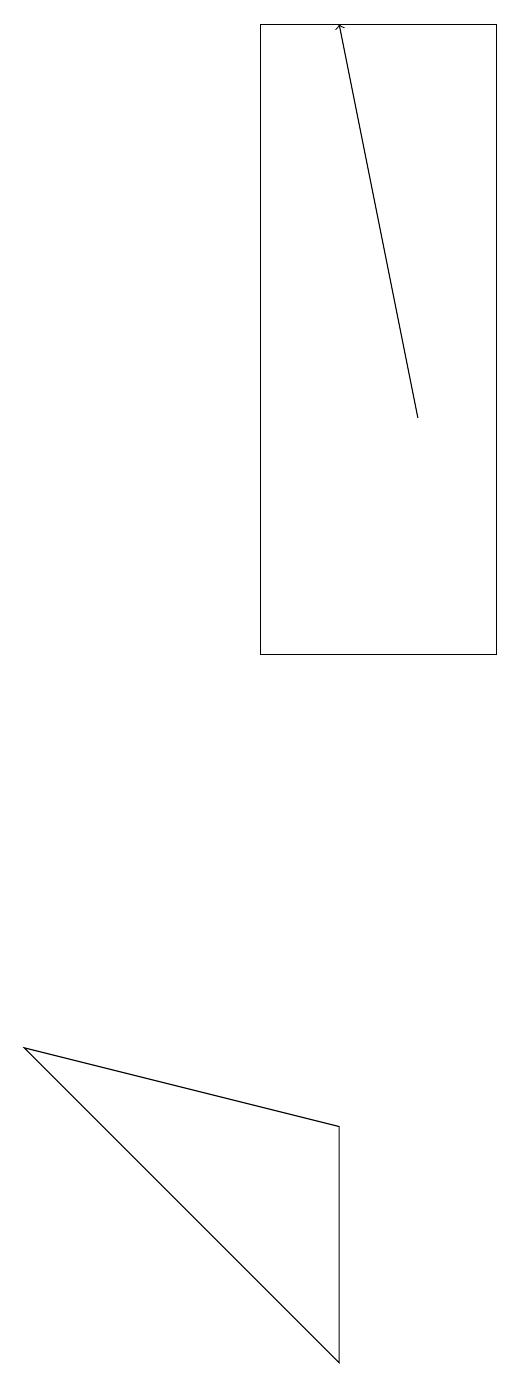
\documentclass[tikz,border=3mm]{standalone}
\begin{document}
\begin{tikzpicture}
\draw (8,10) rectangle (5,18);
\draw[->] (7,13) -- (6,18);
\draw (6,1) -- (2,5) -- (6,4) -- cycle;
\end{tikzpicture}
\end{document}